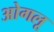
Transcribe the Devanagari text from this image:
ओगलू